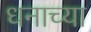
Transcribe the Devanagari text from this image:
धनाच्या